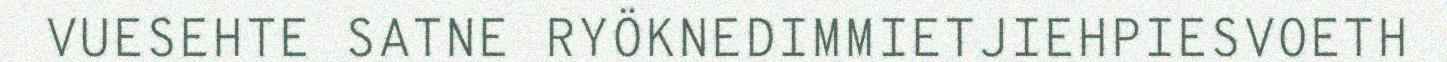
VUESEHTE SATNE RYÖKNEDIMMIETJIEHPIESVOETH